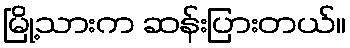
မြို့သားက ဆန်းပြားတယ်။